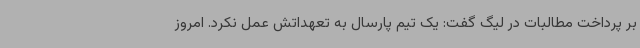
بر پرداخت مطالبات در لیگ گفت: یک تیم پارسال به تعهداتش عمل نکرد. امروز